Lock hospitals Punjab
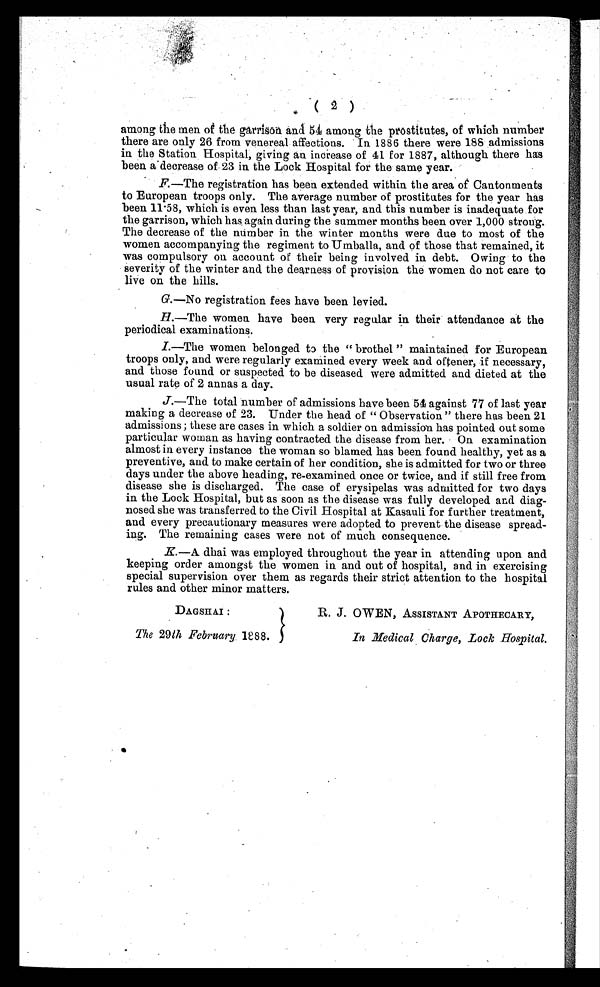
( 2 )
among the men of the garrison and 54 among the prostitutes, of which number
there are only 26 from venereal affections. In 1886 there were 188 admissions
in the Station Hospital, giving an increase of 41 for 1887, although there has
been a decrease of 23 in the Lock Hospital for the same year.
F.— T h e r e g i s t r a t i o n h a s b e e n e x t e n d e d w i t h i n t h e a r e a o f C a n t o n m e n t s
to European troops only. The average number of prostitutes for the year has
been 11.58, which is even less than last year, and this number is inadequate for
the garrison, which has again during the summer months been over 1,000 strong.
The decrease of the number in the winter months were due to most of the
women accompanying the regiment to Umballa, and of those that remained, it
was compulsory on account of their being involved in debt. Owing to the
severity of the winter and the dearness of provision the women do not care to
live on the hills.
G. —No registration fees have been levied.
H. —The women have been very regular in their attendance at the
periodical examinations.
I.—The women belonged to the "brothel" maintained for European
troops only, and were regularly examined every week and oftener, if necessary,
and those found or suspected to be diseased were admitted and dieted at the
usual rate of 2 annas a day.
J. —The total number of admissions have been 54 against 77 of last year
making a decrease of 23. Under the head of "Observation" there has been 21
admissions; these are cases in which a soldier on admission has pointed out some
particular woman as having contracted the disease from her. On examination
almost in every instance the woman so blamed has been found healthy, yet as a
preventive, and to make certain of her condition, she is admitted for two or three
days under the above heading, re-examined once or twice, and if still free from
d i s e a s e s h e i s d i s c h a r g e d . T h e c a s e o f e r y s i p e l a s w a s a d m i t t e d f o r t w o d a y s
in the Lock Hospital, but as soon as the disease was fully developed and diag-
- n o s e d s h e w a s t r a n s f e r r e d t o t h e C i v i l H o s p i t a l a t K a s a u l i f o r f u r t h e r t r e a t m e n t ,
and every precautionary measures were adopted to prevent the disease spread-
- i n g . T h e r e m a i n i n g c a s e s w e r e n o t o f m u c h c o n s e q u e n c e .
K. —A dhai was employed throughout the year in attending upon and
keeping order amongst the women in and out of hospital, and in exercising
special supervision over them as regards their strict attention to the hospital
rules and other minor matters.
DAGSHAI :
The 29th February 1888.
R. J. OWEN, ASSISTANT APOTHECARY,
In Medical Charge, Lock Hospital.